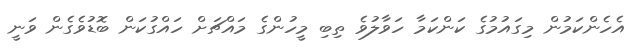
އެހެންކަމުން މިގައުމުގެ ކަންކަމާ ހަވާލުވެ ތިބި މީހުންގެ މައްޗަށް ހައްގުކަން ބޮޑުވެގެން ވަނީ